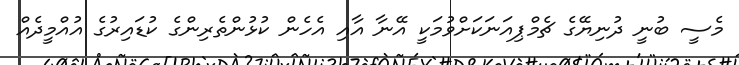
މެސީ ބުނީ ދުނިޔޭގެ ޗެމްޕިއަނަކަށްވުމަކީ އޭނާ އާއި އެހެން ކުޅުންތެރިންގެ ކުޑައިރުގެ އުއްމީދެއް